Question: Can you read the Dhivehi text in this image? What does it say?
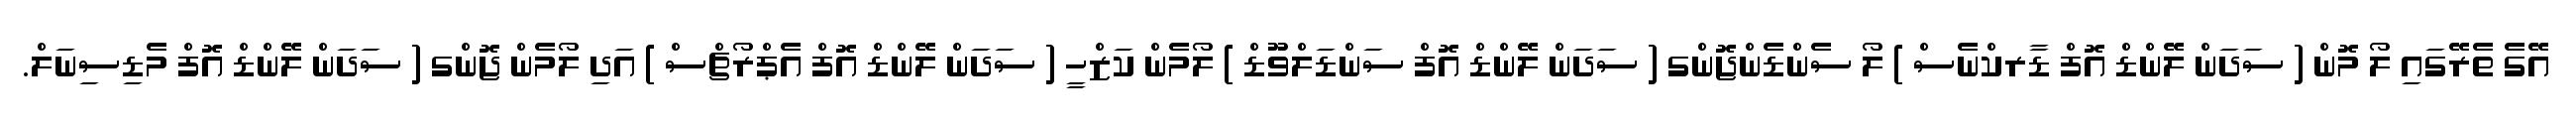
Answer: އޭގެ ތެރޭގައި ލޯ މޮން ( ސަދަން ލޭންޑް އޮފް ޑާރކްނެސް ) ލޯ ސެންޑެންޖޮންގ ( ސަދަން ލޭންޑް އޮފް ސަންޑަލްވޫޑް ) ލޯމެން ކަޒްހީ ( ސަދަން ލޭންޑް އޮފް އެޕްރޯޗްސް ) އަދި ލޯމެން ޖޮންގ ( ސަދަން ލޭންޑް އޮފް މެޑިސިނަލް.